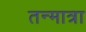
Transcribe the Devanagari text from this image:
तन्मात्रा